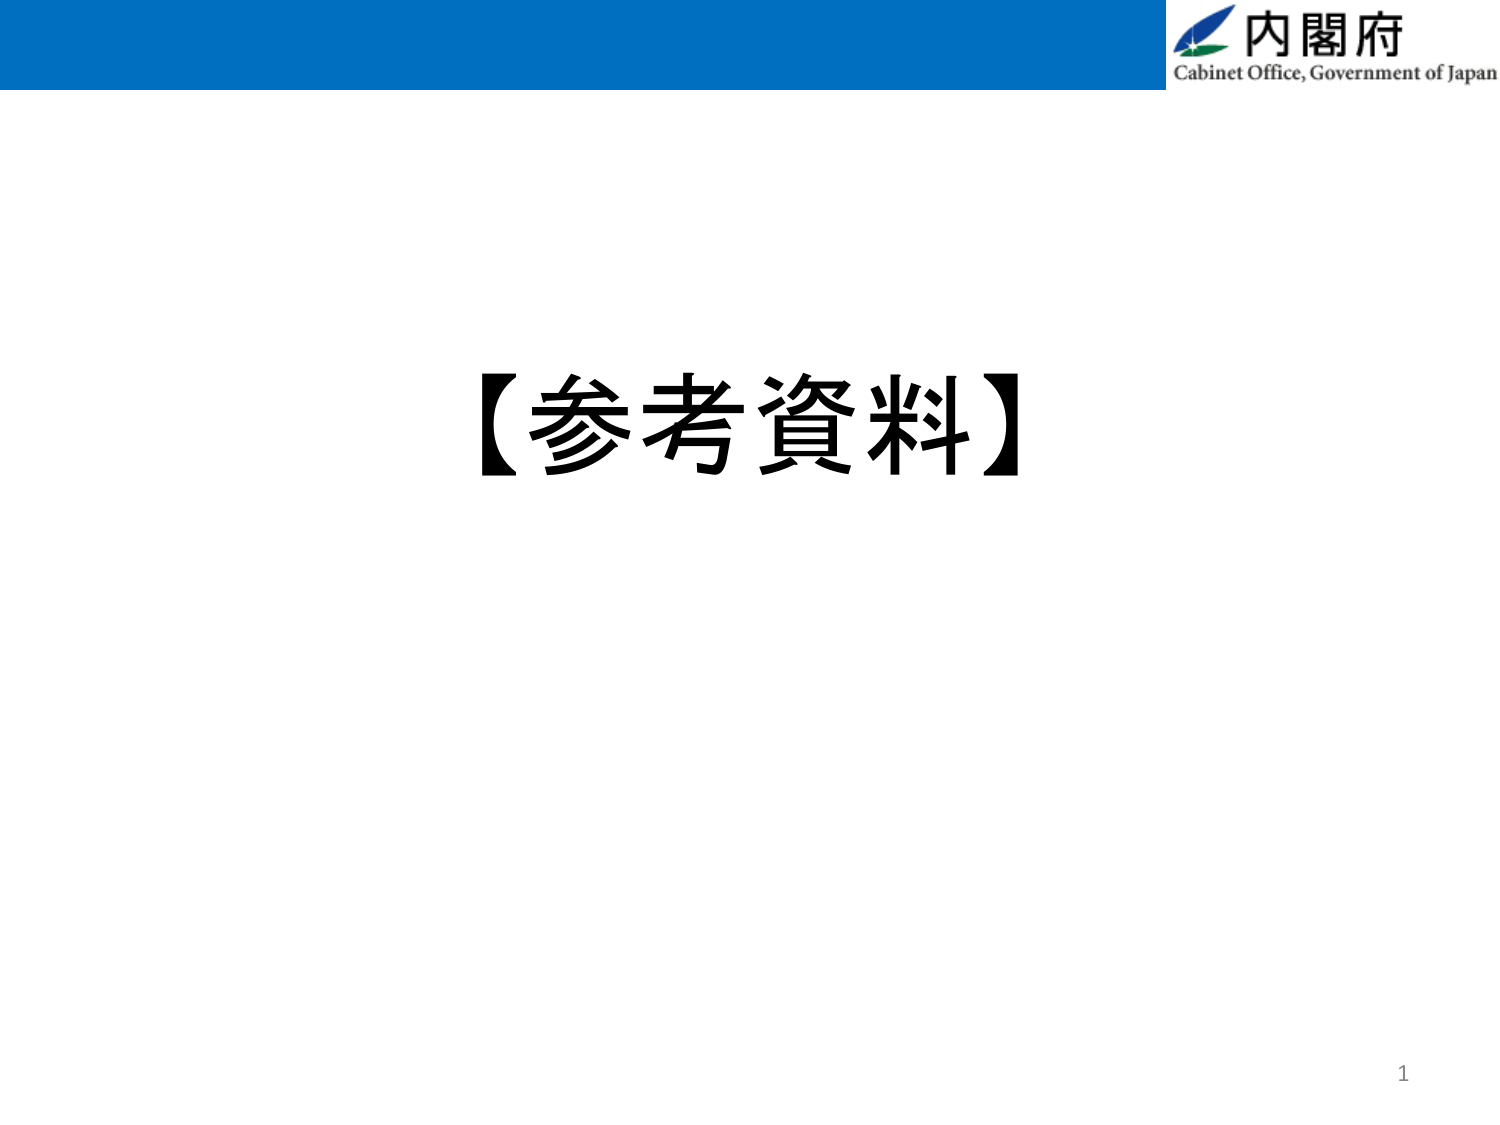
内閣府
Cabinet Office, Government of Japan
【参考資料】
1